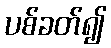
ပစ်ခတ်၍